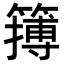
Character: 𥴮